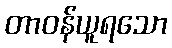
တာဝန်ယူရသော